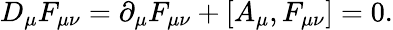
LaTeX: D_{\mu}F_{\mu\nu}=\partial_{\mu}F_{\mu\nu}+[A_{\mu},F_{\mu\nu}]=0.